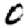
Digit: 0